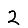
Digit: 2